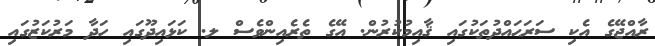
ރާއްޖޭގެ އެކި ސަރަޙައްދުތަކުގައި ޤާއިމުކުރުން. އޭގެ ތެރެއިންވެސް ލ. ކަޅައިދޫގައި ހަދާ މަރުކަޒުގައި